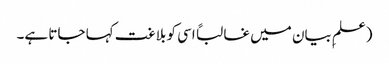
(علمِ بیان میں غالباً اسی کو بلاغت کہا جاتا ہے۔